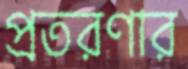
প্রতরণার